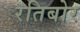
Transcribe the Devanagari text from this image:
रतिबोर